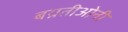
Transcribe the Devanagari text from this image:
बग्रतीओनी